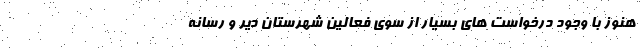
هنوز با وجود درخواست های بسیار از سوی فعالین شهرستان دیّر و رسانه